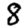
Digit: 8